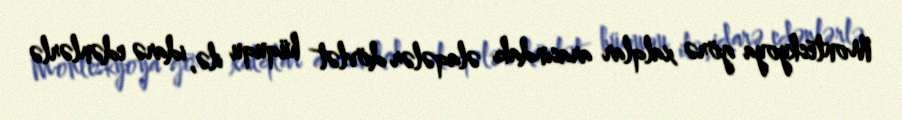
Monteskyoya görə xalqlar arasındakı əlaqələr dövlət hüququ ilə, idarə edənlərlə